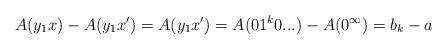
LaTeX: \begin{align*}A(y_1x) - A(y_1x') = A(y_1x') = A(01^k0...) - A(0^\infty) = b_k - a\end{align*}